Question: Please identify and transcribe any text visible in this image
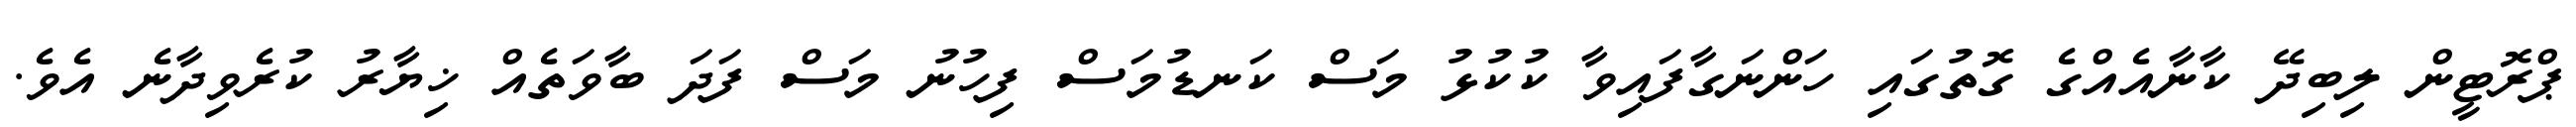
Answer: ޕްރޮޓީން ލިބިދޭ ކާނާއެއްގެ ގޮތުގައި ހަންނަގާފައިވާ ކުކުޅު މަސް ކަނޑުމަސް ފިހުނު މަސް ފަދަ ބާވަތެއް ޚިޔާރު ކުރެވިދާނެ އެވެ.